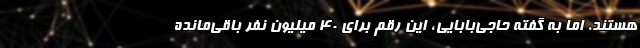
هستند. اما به گفته حاجی‌بابایی، این رقم برای ۴۰ میلیون نفر باقی‌مانده